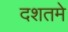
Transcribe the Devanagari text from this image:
दशतमे